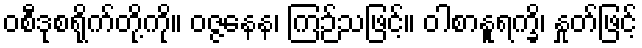
ဝစီဒုစရိုက်တို့ကို။ ဝဇ္ဇနေန၊ ကြဉ်သဖြင့်။ ဝါစာနူရက္ခိ၊ နှုတ်ဖြင့်